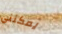
يمكنني